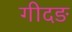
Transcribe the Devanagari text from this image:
गीदङ